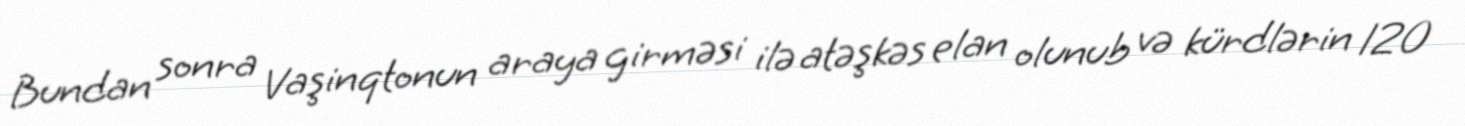
Bundan sonra Vaşinqtonun araya girməsi ilə atəşkəs elan olunub və kürdlərin 120